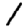
Digit: 1